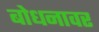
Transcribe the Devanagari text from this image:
बोधनावर